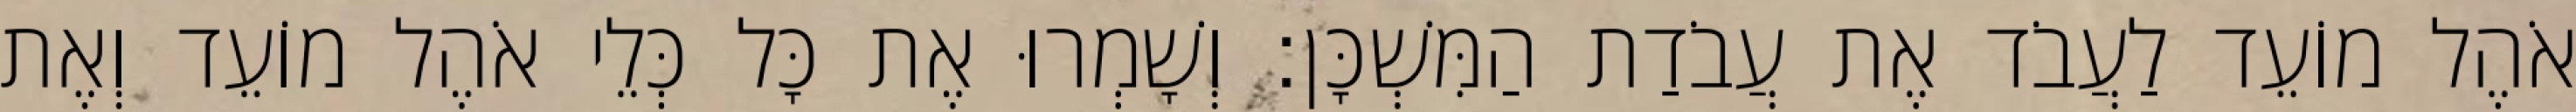
אֹהֶל מוֹעֵד לַעֲבֹד אֶת עֲבֹדַת הַמִּשְׁכָּן׃ וְשָׁמְרוּ אֶת כָּל כְּלֵי אֹהֶל מוֹעֵד וְאֶת